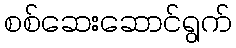
စစ်ဆေးဆောင်ရွက်